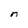
Character: n